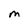
Character: M